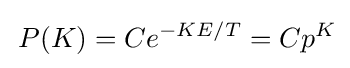
\,P(K)=Ce^{-KE/T}=Cp^{K}